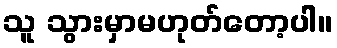
သူ သွားမှာမဟုတ်တော့ပါ။